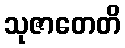
သုဇာတေတိ